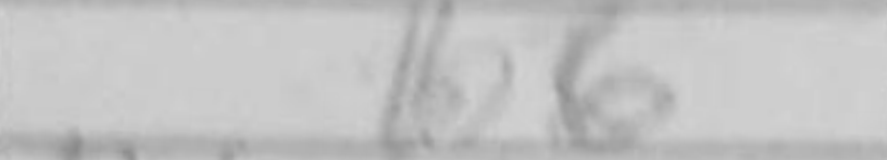
Transcription: b6